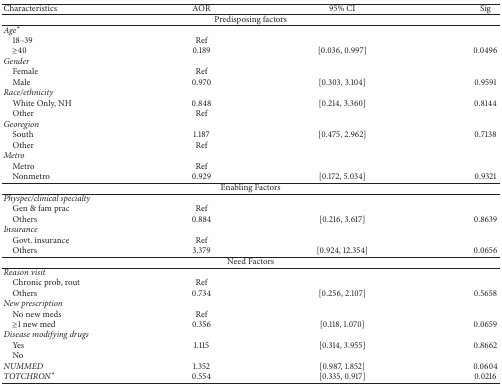
<table><thead><tr><td><b>Characteristics</b></td><td><b>AOR</b></td><td><b>95% CI</b></td><td><b>Sig</b></td></tr></thead><tbody><tr><td colspan="4">Predisposing factors</td></tr><tr><td><i>Age</i><sup><i>∗</i></sup></td><td> </td><td> </td><td> </td></tr><tr><td> 18–39</td><td>Ref</td><td> </td><td> </td></tr><tr><td> ≥40</td><td>0.189</td><td>[0.036, 0.997]</td><td>0.0496</td></tr><tr><td><i>Gender</i></td><td> </td><td> </td><td> </td></tr><tr><td> Female</td><td>Ref</td><td> </td><td> </td></tr><tr><td> Male</td><td>0.970</td><td>[0.303, 3.104]</td><td>0.9591</td></tr><tr><td><i>Race/ethnicity</i></td><td> </td><td> </td><td> </td></tr><tr><td> White Only, NH</td><td>0.848</td><td> [0.214, 3.360]</td><td>0.8144</td></tr><tr><td> Other</td><td>Ref</td><td> </td><td> </td></tr><tr><td><i>Georegion</i></td><td> </td><td> </td><td> </td></tr><tr><td> South</td><td>1.187</td><td>[0.475, 2.962]</td><td>0.7138</td></tr><tr><td> Other</td><td>Ref</td><td> </td><td> </td></tr><tr><td><i>Metro</i></td><td> </td><td> </td><td> </td></tr><tr><td> Metro</td><td>Ref</td><td> </td><td> </td></tr><tr><td> Nonmetro</td><td>0.929</td><td>[0.172, 5.034]</td><td>0.9321</td></tr><tr><td colspan="4">Enabling Factors</td></tr><tr><td><i>Physpec/clinical specialty</i></td><td> </td><td> </td><td> </td></tr><tr><td> Gen &amp; fam prac</td><td>Ref</td><td> </td><td> </td></tr><tr><td> Others</td><td>0.884</td><td>[0.216, 3.617]</td><td>0.8639</td></tr><tr><td><i>Insurance</i></td><td> </td><td> </td><td> </td></tr><tr><td> Govt. insurance</td><td>Ref</td><td> </td><td> </td></tr><tr><td> Others</td><td>3.379</td><td>[0.924, 12.354]</td><td>0.0656</td></tr><tr><td colspan="4">Need Factors</td></tr><tr><td><i>Reason visit</i></td><td> </td><td> </td><td> </td></tr><tr><td> Chronic prob, rout</td><td>Ref</td><td> </td><td> </td></tr><tr><td> Others</td><td>0.734</td><td>[0.256, 2.107]</td><td>0.5658</td></tr><tr><td><i>New prescription</i></td><td> </td><td> </td><td> </td></tr><tr><td> No new meds</td><td>Ref</td><td> </td><td> </td></tr><tr><td> ≥1 new med</td><td>0.356</td><td>[0.118, 1.070]</td><td>0.0659</td></tr><tr><td><i>Disease modifying drugs</i></td><td> </td><td> </td><td> </td></tr><tr><td> Yes</td><td>1.115</td><td>[0.314, 3.955]</td><td>0.8662</td></tr><tr><td> No</td><td> </td><td> </td><td> </td></tr><tr><td><i>NUMMED</i></td><td>1.352</td><td>[0.987, 1.852]</td><td>0.0604</td></tr><tr><td><i>TOTCHRON</i><sup><i>∗</i></sup></td><td>0.554</td><td>[0.335, 0.917]</td><td>0.0216</td></tr></tbody></table>